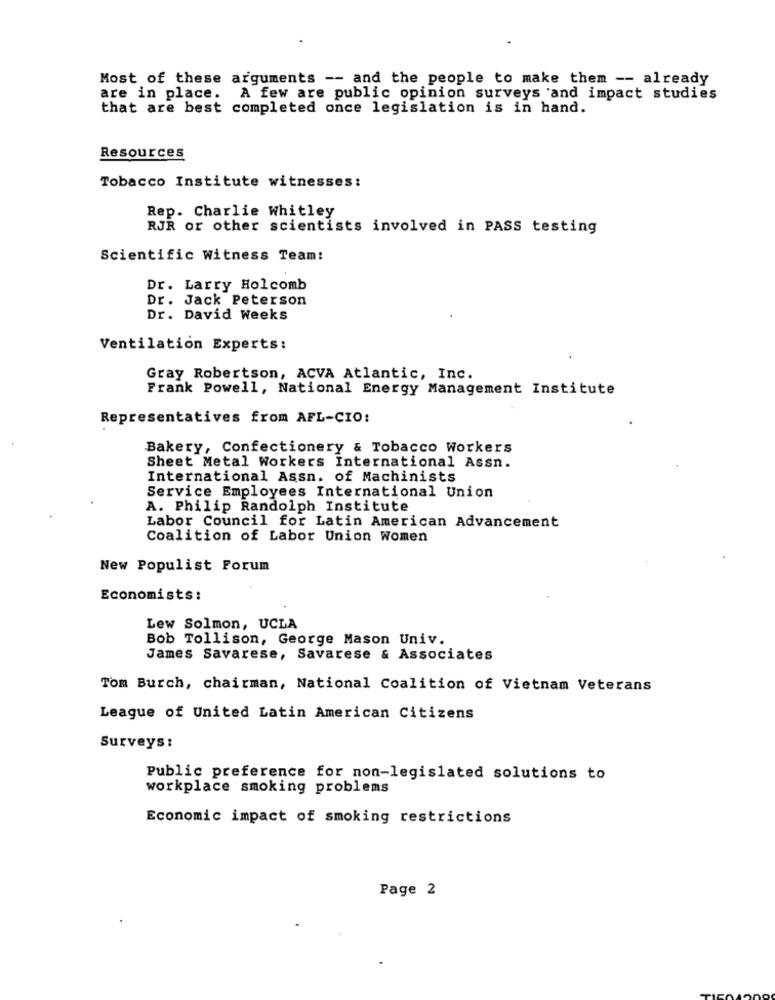
Most of these arguments -- and the people to make them -- already
are in place. A few are public opinion surveys and impact studies
that are best completed once legislation is in hand.
Resources
Tobacco Institute witnesses:
Rep. Charlie Whitley
RJR or other scientists involved in PASS testing
Scientific witness Team:
Dr. Larry Holcomb
Dr. Jack Peterson
Dr. David Weeks
Ventilation Experts:
Gray Robertson, ACVA Atlantic, Inc.
Frank Powell, National Energy Management Institute
Representatives from AFL-CIO:
Bakery, Confectionery & Tobacco Workers
Sheet Metal Workers International Assn.
International Assn. of Machinists
Service Employees International Union
A. Philip Randolph Institute
Labor Council for Latin American Advancement
Coalition of Labor Union Women
New Populist Forum
Economists:
Lew Solmon, UCLA
Bob Tollison, George Mason Univ.
James Savarese, Savarese & Associates
Tom Burch, chairman, National Coalition of Vietnam Veterans
League of United Latin American Citizens
Surveys :
Public preference for non-legislated solutions to
workplace smoking problems
Economic impact of smoking restrictions
Page 2